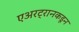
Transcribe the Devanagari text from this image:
एअरट्रानकडून